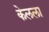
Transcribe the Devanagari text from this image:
केलला